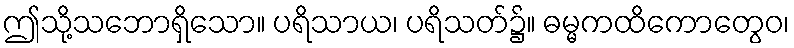
ဤသို့သဘောရှိသော။ ပရိသာယ၊ ပရိသတ်၌။ ဓမ္မကထိကောတွေဝ၊